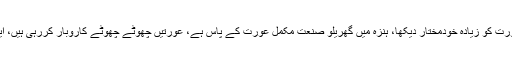
میں نے آزاد کشمیر کے مقابلے گلگت بلتستان کی عورت کو زیادہ خودمختار دیکھا، ہنزہ میں گھریلو صنعت مکمل عورت کے پاس ہے، عورتیں چھوٹے چھوٹے کاروبار کررہی ہیں، ایسی سوچ آزادکشمیر میں لانے کی اشد ضرورت ہے۔